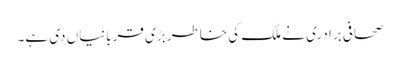
صحافی برادری نے ملک کی خاطر بڑی قربانیاں دی ہے۔